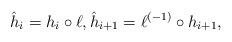
LaTeX: \begin{align*}\hat h_i=h_i\circ\ell, \hat h_{i+1}=\ell^{(-1)}\circ h_{i+1},\end{align*}